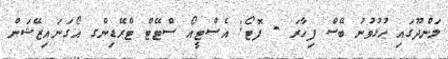
ލަންދޫގައި ހުޅުވުނުު ބޭސް ފިހާރަ - ފޮޓޯ: އެސްޓީއޯ ސްޓޭޓް ޓްރޭޑިންގ އޯގަނައިޒޭޝަން